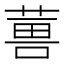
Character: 𮐇